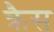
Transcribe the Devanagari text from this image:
क्रैस